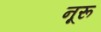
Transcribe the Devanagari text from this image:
नूरू